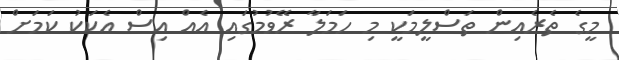
މީގެ ތެރެއިން ތަސްލީމަކީ މި ހަމަލާ ރޭވުމުގައި އެއް އިސް އެކަކު ކަމަށް